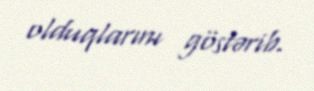
olduqlarını göstərib.